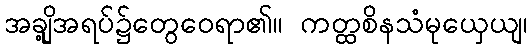
အချို့အရပ်၌တွေဝေရာ၏။ ကတ္ထစိနသံမုယှေယျ၊